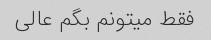
فقط میتونم بگم عالی